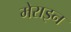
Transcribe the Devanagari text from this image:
मेराइन